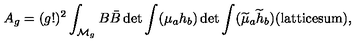
A _ { g } = ( g ! ) ^ { 2 } \int _ { { \cal M } _ { g } } B \bar { B } \det { \int ( { \mu _ { a } } h _ { b } } ) \det { \int ( \widetilde { \mu } _ { a } \widetilde { h } _ { b } ) } ( \mathrm { { l a t t i c e s u m } } ) ,